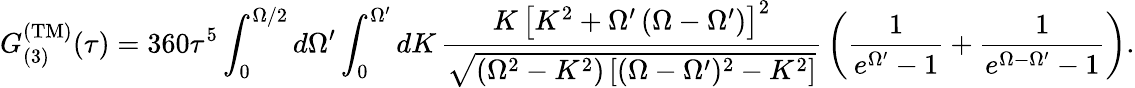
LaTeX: G_{(3)}^{\mathrm{(TM)}}(\tau)=360\tau^{5}\int_{0}^{\Omega/2}d\Omega^{\prime}\int_{0}^{\Omega^{\prime}}dK\, \frac{K\, \left[K^{2}+\Omega^{\prime}\left(\Omega-\Omega^{\prime}\right)\right]^{2}}{\sqrt{(\Omega^{2}-K^{2})\left[(\Omega-\Omega^{\prime})^{2}-K^{2}\right]}}\, \left(\frac{1}{e^{\Omega^{\prime}}-1}+\frac{1}{e^{\Omega-\Omega^{\prime}}-1}\right).